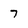
Character: 7